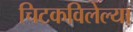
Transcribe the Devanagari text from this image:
चिटकविलेल्या